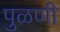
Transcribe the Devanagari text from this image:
पुळणी